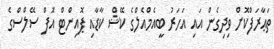
ތަޢާރަފްކޮށް ވިދިގެން އައި އަހަރު ބީއެމްއެލްގެ ކޭޝް ކާޑާއި ޕޮއިންޓް އޮފް ސޭލްސްގެ